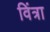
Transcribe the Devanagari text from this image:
विंत्रा